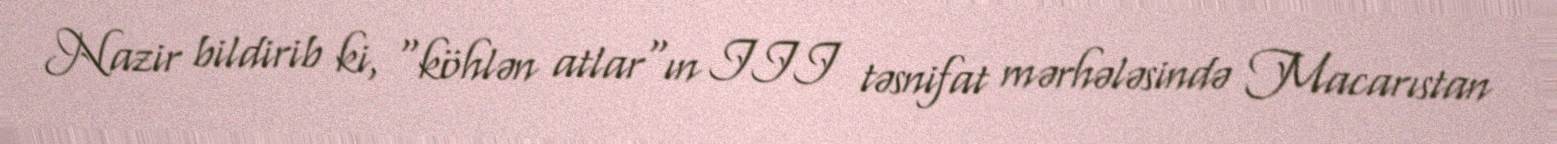
Nazir bildirib ki, "köhlən atlar"ın III təsnifat mərhələsində Macarıstan